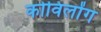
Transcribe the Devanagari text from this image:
कोविलोंग